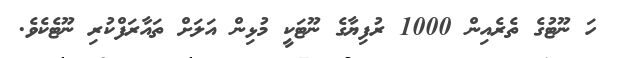
ހަ ނޫޓުގެ ތެރެއިން 1000 ރުފިޔާގެ ނޫޓަކީ މުޅިން އަލަށް ތައާރަފްކުރި ނޫޓެކެވެ.